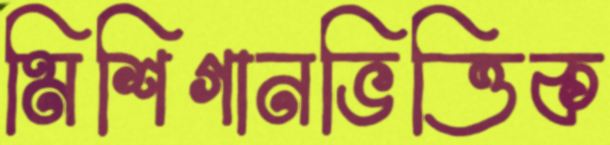
মিশিগানভিত্তিক